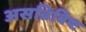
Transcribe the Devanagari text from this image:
असन्निविष्ट